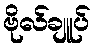
ဗိုလ်ချူပ်